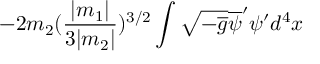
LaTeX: - 2 m _ { 2 } ( \frac { | m _ { 1 } | } { 3 | m _ { 2 } | } ) ^ { 3 / 2 } \int \sqrt { - \overline { { { g } } } } \overline { { { \psi } } } ^ { \prime } \psi ^ { \prime } d ^ { 4 } x